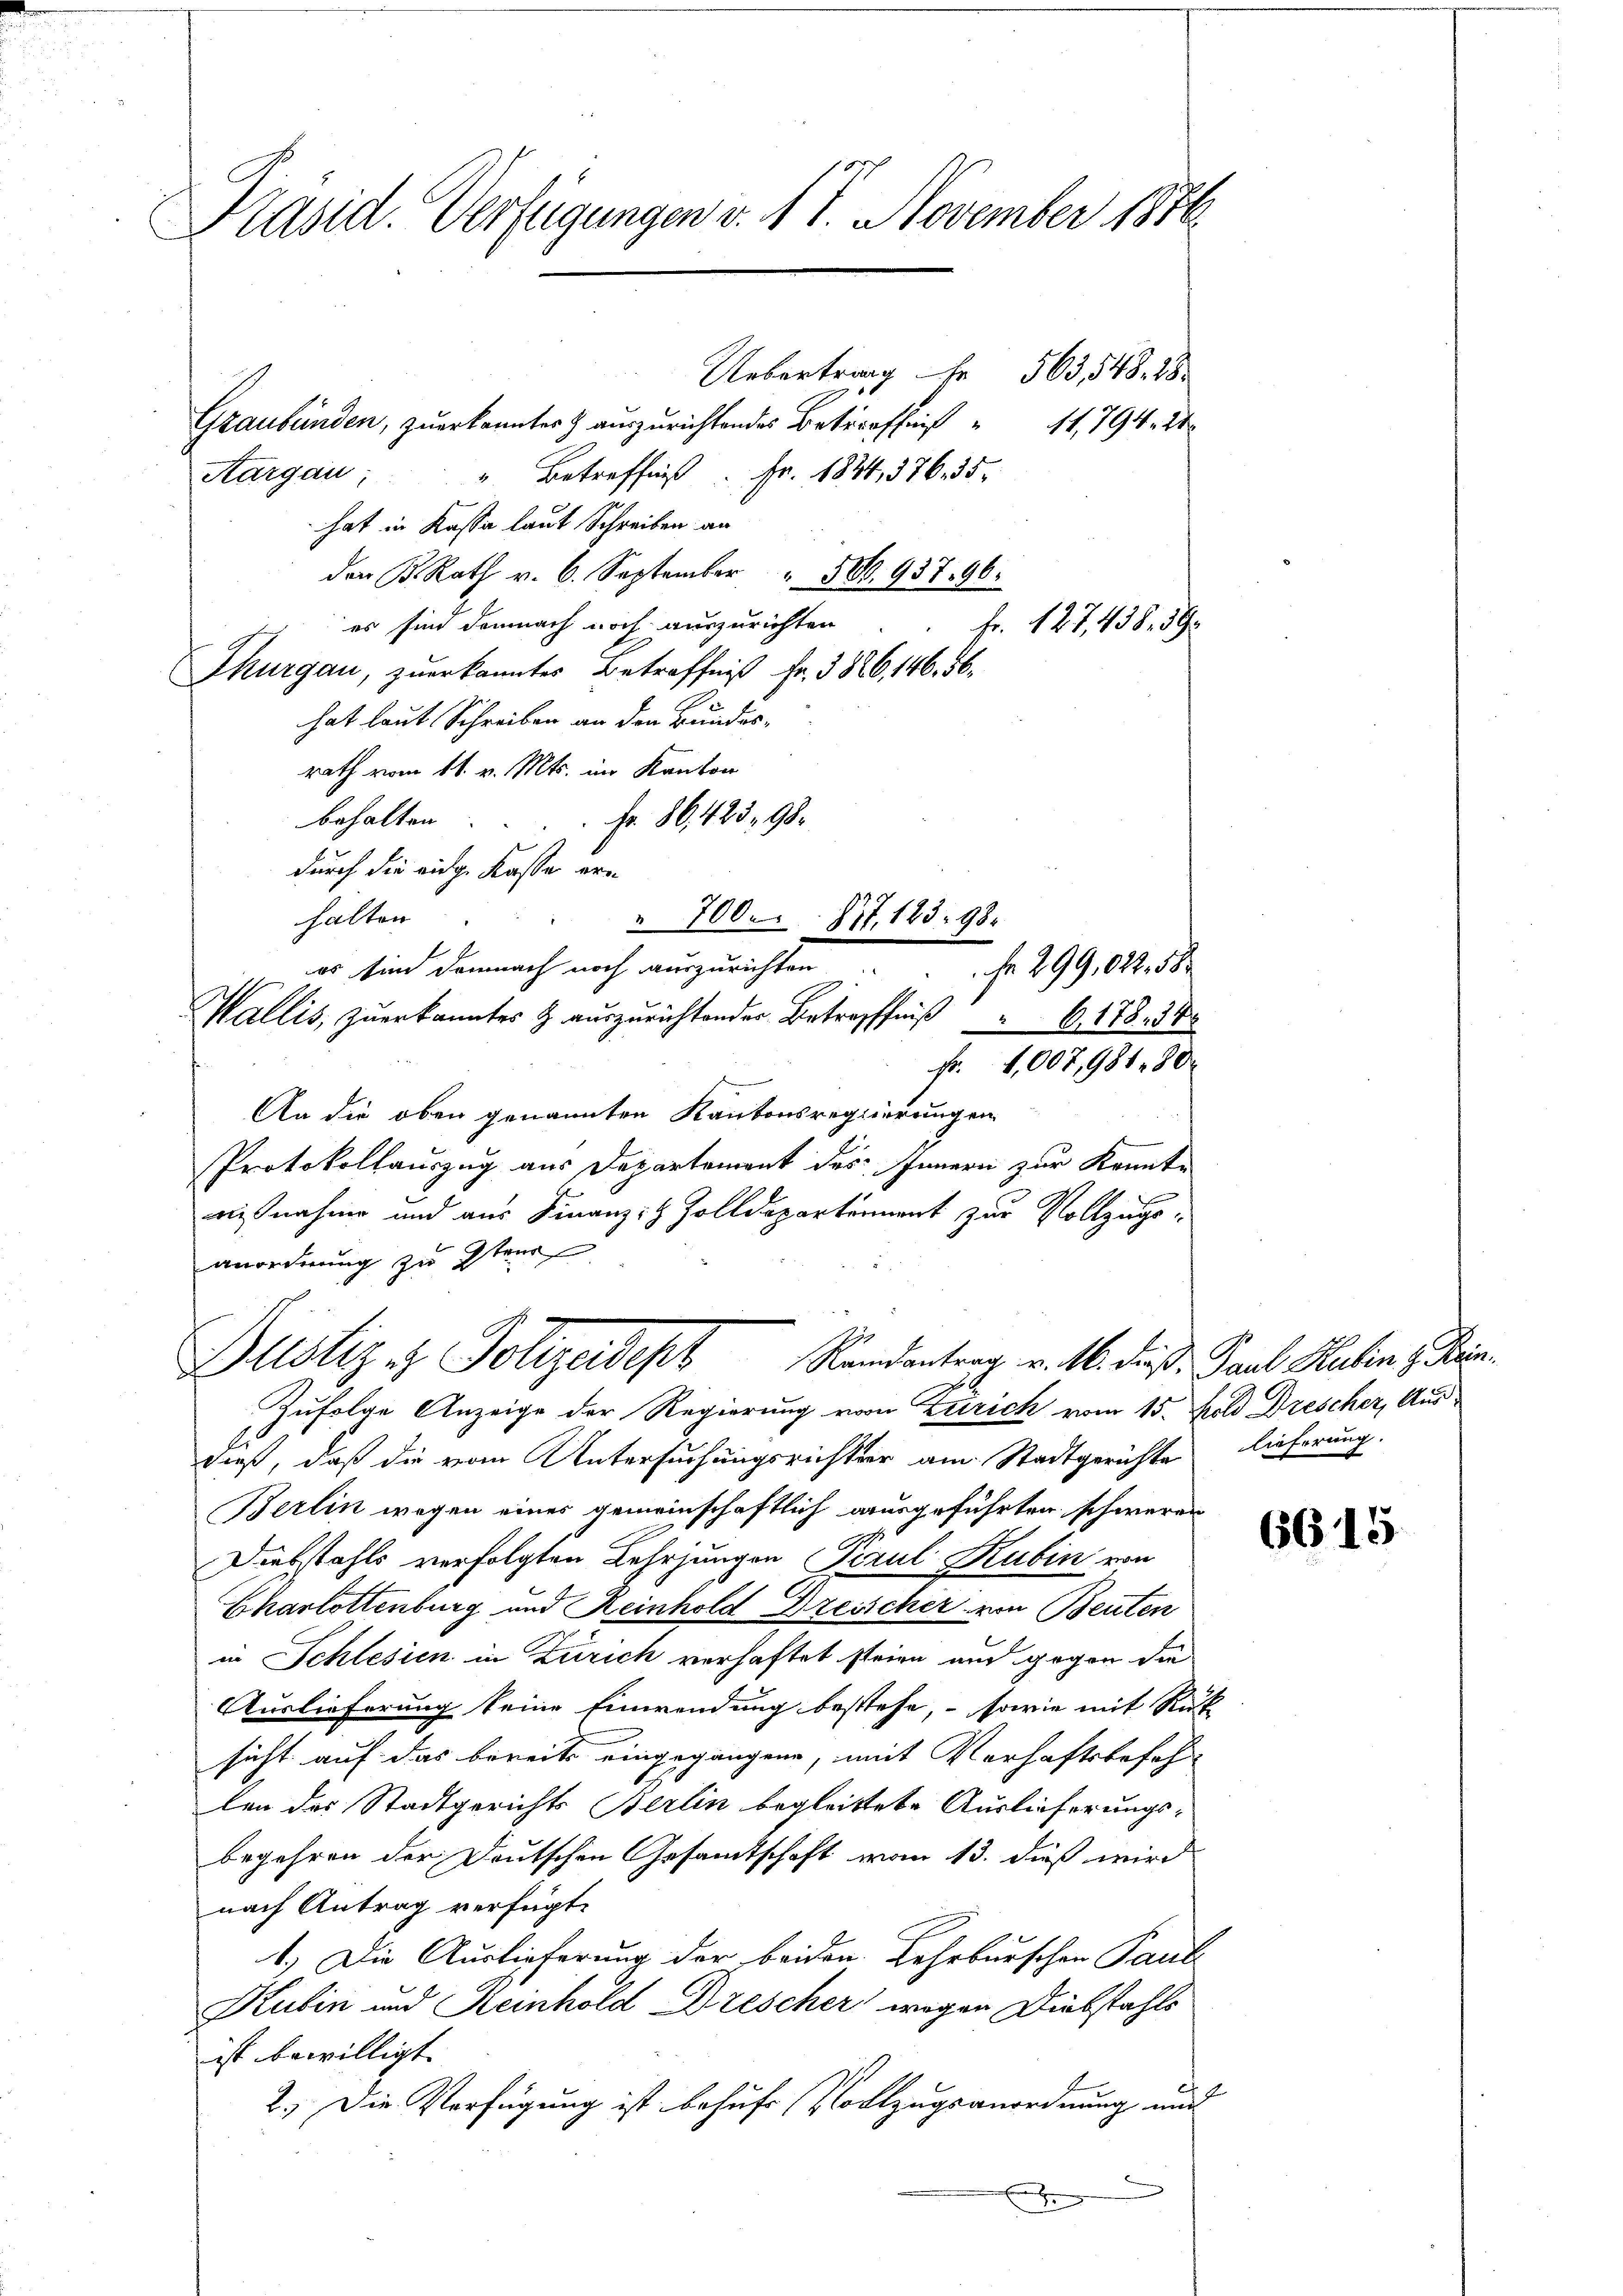
Präsid. Verfügungen v. 17. November 1876

Uebertrag Fr. 563,548, 28
Graubünden, zuerkannter auszurichtendes Betreffniß " 11, 794. 28
Aargau: " Betreffnis. Fr. 1834, 376. 35.
hat in Kassa laut Schreiben an
der B. Rath v. 6. September " 580. 937. 96.
es sind demnach noch auszurichten. Fr. 127, 438. 590
Thurgau, zuerkanntes Betreffniβ fr. 386, 146. 56.
hat laut Schreiben an den Bundes-
rath vom 11. v. Mts. im Kanton
behalten. Fr. 86. 423, 98.
durch die eidg. Kasse ern
halten
" 700. 877. 183. 98.
es sind demnach noch auszurichten
Fr. 299,022. 58
Wallis, zuerkanntes & auszurichtender Betreffniß 6. 178. 51
Fr. 1007,98180
An die oben genannten Kantonsregierungen
Protokollauszug aus Departement des Innern zur Konnte
aisnahme und aus Finanz-H Zolldepartement zur Vollzugsanordnung zu sten

Bustiz & Polizeidept Randantrag v. 16. diese Saal Kalen s. Bei

Zufolge Anzeige der Regierung von Zürich vom 15. Feld Drescher, Ausdieß, daß die vom Untersuchungsrichter am Stadtgerichten lieferung.
Berlin wegen eines gemeinschaftlich ausgeführten schweren
Diebstahls verfolgten Lehrjungen Perul Rubin von
Charlottenburg und Reinhold Dzesscher von Beuten
in Schlesien in Zürich verhaftet steien auch gegen die
Auslieferung keine Einwendung bestehe, sowie mit Rück
sicht auf das bereits eingegangen, mit Verhaftsbefeh
len der Stadtgerichts Berlin begleitete Auslieferungs-
begehren der Deutschen Gesamtschaft vom 13. dieß wird
nach Antrag verfügt:
1.) Die Auslieferung der beiden Lehrburschen Paul
Kubin und Reinhold Drescher wegen Diebstahls
ist bewilligt. |
2.) Die Verfügung ist behufs Vollzugsanordnung und
E

6615